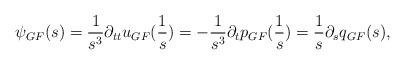
\begin{align*}\psi_{GF}(s) = \frac{1}{s^3} \partial_{tt} u_{GF}(\frac{1}s) = - \frac{1}{s^3} \partial_t p_{GF}(\frac{1}s) = \frac{1}{s} \partial_s q_{GF}(s),\end{align*}